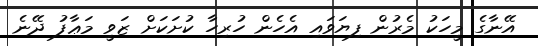
އޭނާގެ މީހަކު މެރުން ފިޔަވައި އެހެން ހުރިހާ ކުށަކަށް ޒަވީ މަޢާފު ދޭނެ